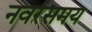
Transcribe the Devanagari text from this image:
नवरसमय